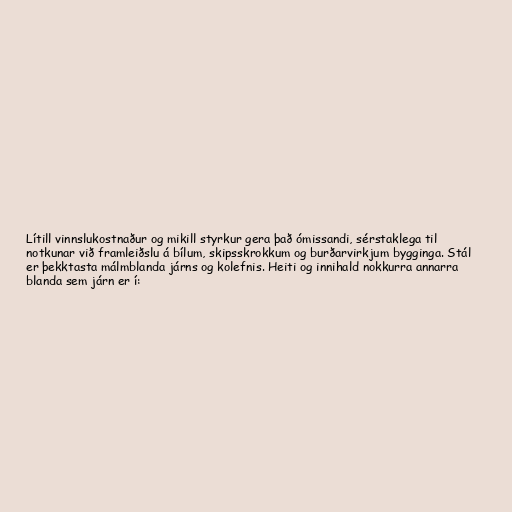
Lítill vinnslukostnaður og mikill styrkur gera það ómissandi, sérstaklega til
notkunar við framleiðslu á bílum, skipsskrokkum og burðarvirkjum bygginga. Stál
er þekktasta málmblanda járns og kolefnis. Heiti og innihald nokkurra annarra
blanda sem járn er í: